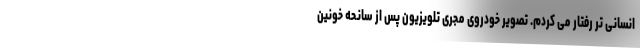
انسانی تر رفتار می کردم. تصویر خودروی مجری تلویزیون پس از سانحه خونین